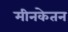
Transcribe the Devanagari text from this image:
मीनकेतन